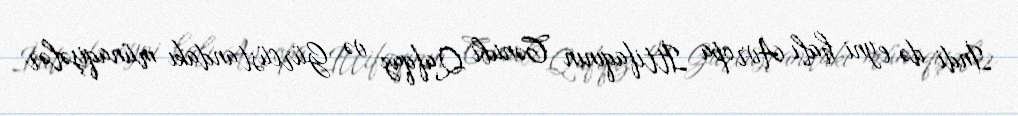
İndi də eyni halı Avropa İttifaqının Cənubi Qafqaz və Gürcüstandakı münaqişələr